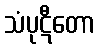
သံပုဋီတော